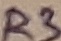
Text: R3